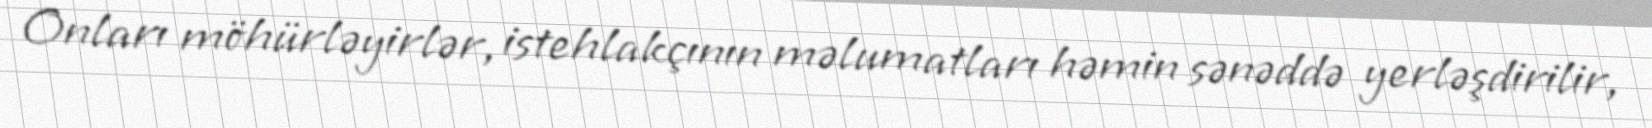
Onları möhürləyirlər, istehlakçının məlumatları həmin sənəddə yerləşdirilir,